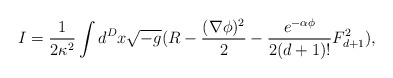
\begin{align*}I=\frac{1}{2\kappa ^{2}}\int d^{D}x\sqrt{-g} (R-\frac{(\nabla \phi)^2}{2} -\frac{e^{-\alpha \phi}}{2(d+1)!}F^{2}_{d+1}), \end{align*}